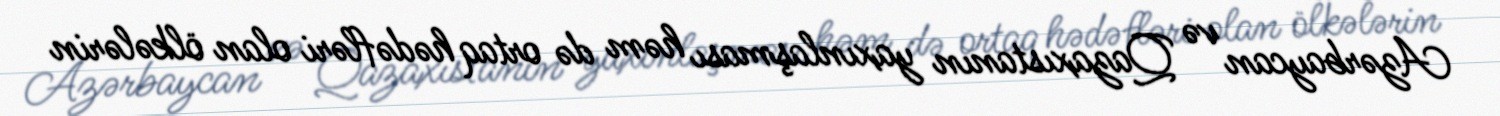
Azərbaycan və Qazaxıstanın yaxınlaşması həm də ortaq hədəfləri olan ölkələrin